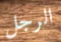
الرجل